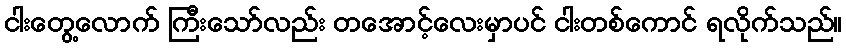
ငါးတွေ့လောက် ကြီးသော်လည်း တအောင့်လေးမှာပင် ငါးတစ်ကောင် ရလိုက်သည်။